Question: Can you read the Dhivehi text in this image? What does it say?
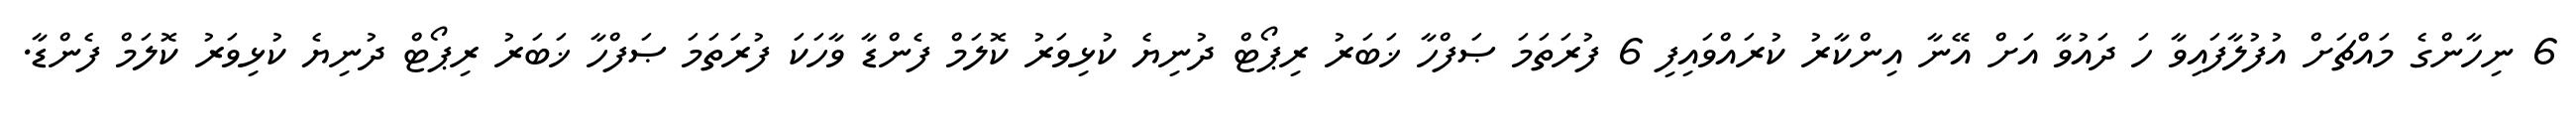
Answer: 6 ނިހާންގެ މައްޗަށް އުފުލާފައިވާ ހަ ދައުވާ އަށް އޭނާ އިންކާރު ކުރައްވައިފި 6 ފުރަތަމަ ޞަފްހާ ޚަބަރު ރިޕޯޓް ދުނިޔެ ކުޅިވަރު ކޮލަމް ފެންޑާ ވާހަކަ ފުރަތަމަ ޞަފްހާ ޚަބަރު ރިޕޯޓް ދުނިޔެ ކުޅިވަރު ކޮލަމް ފެންޑާ.